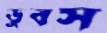
ডুবস